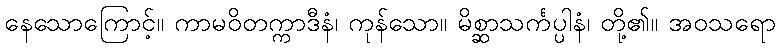
နေသောကြောင့်။ ကာမဝိတက္ကာဒီနံ၊ ကုန်သော။ မိစ္ဆာသင်္ကပ္ပါနံ၊ တို့၏။ အဝသရော